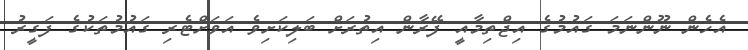
އެހެން ނޫންނަމަ ގައުމުގެ އިޖްތިމާއީ ފޭރާން އިތުރަށް ބަލިކަށިވެ އަވަށްޓެރި ގައުމުތަކުގެ ފަގީރު